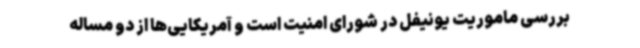
بررسی ماموریت یونیفل در شورای امنیت است و آمریکایی‌ها از دو مساله